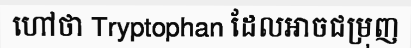
ហៅថា Tryptophan ដែលអាចជម្រុញ